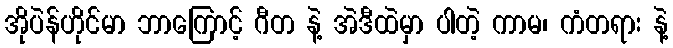
အိုပဲန်ဟိုင်မာ ဘာကြောင့် ဂီတ နဲ့ အဲဒီထဲမှာ ပါတဲ့ ကာမ၊ ကံတရား နဲ့